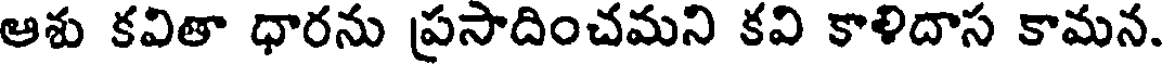
ఆశు కవితా ధారను ప్రసాదించమని కవి కాళిదాస కామన.